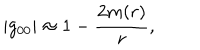
| g _ { 0 0 } | \approx 1 - \frac { 2 m ( r ) } { r } ,